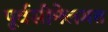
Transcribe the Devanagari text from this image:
पूर्वसीमेलगत